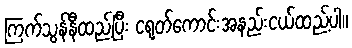
ကြက်သွန်နီထည့်ပြီး ငရုတ်ကောင်းအနည်းငယ်ထည့်ပါ။